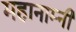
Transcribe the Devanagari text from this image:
महानाम्नी